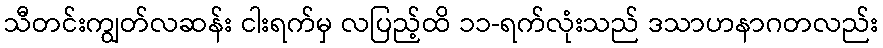
သီတင်းကျွတ်လဆန်း ငါးရက်မှ လပြည့်ထိ ၁၁-ရက်လုံးသည် ဒသာဟနာဂတလည်း